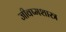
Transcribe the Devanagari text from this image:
जीवष्मशास्त्र